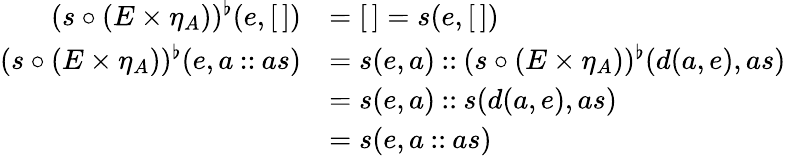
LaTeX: \begin{array}{rl}{(s\circ(E\times\eta_{A}))^{\flat}(e,[\, ])}&{=[\, ]=s(e,[\, ])}\\ {(s\circ(E\times\eta_{A}))^{\flat}(e,a\mathbin{::}as)}&{=s(e,a)\mathbin{::}(s\circ(E\times\eta_{A}))^{\flat}(d(a,e),as)}\\ &{=s(e,a)\mathbin{::}s(d(a,e),as)}\\ &{=s(e,a\mathbin{::}as)}\end{array}